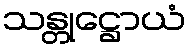
သန္တုဋ္ဌောယံ